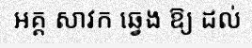
អគ្គ សាវក ឆ្វេង ឱ្យ ដល់